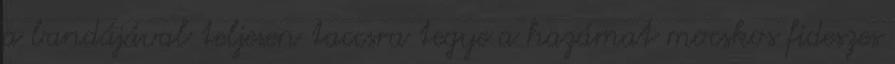
a bandájával teljesen taccsra tegye a hazámat mocskos fideszes